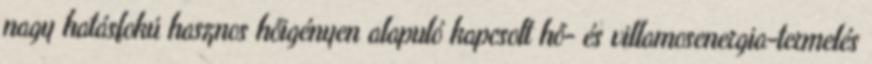
nagy hatásfokú hasznos hőigényen alapuló kapcsolt hő- és villamosenergia-termelés